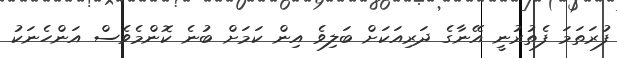
ފުރަތަމަ ފެތުރުނީ އޭނާގެ ދަރިއަކަށް ބަލިވެ އިން ކަމަށް ބުނެ ކޮންމެވެސް އަންހެނަކު